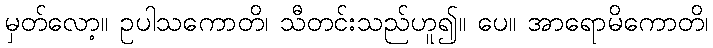
မှတ်လော့။ ဥပါသကောတိ၊ သီတင်းသည်ဟူ၍။ ပေ။ အာရောမိကောတိ၊